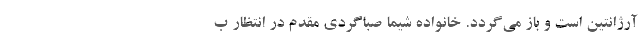
آرژانتین است و باز می‌گردد. خانواده شیما صباگردی مقدم در انتظار ب